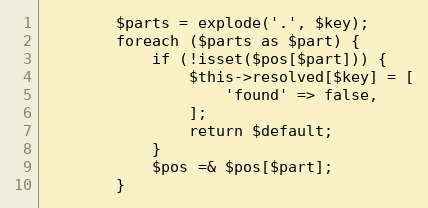
Language: PHP
        $parts = explode('.', $key);
        foreach ($parts as $part) {
            if (!isset($pos[$part])) {
                $this->resolved[$key] = [
                    'found' => false,
                ];
                return $default;
            }
            $pos =& $pos[$part];
        }